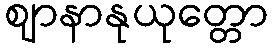
ဈာနာနုယုတ္တော